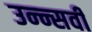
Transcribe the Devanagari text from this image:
उन्न्सवीं